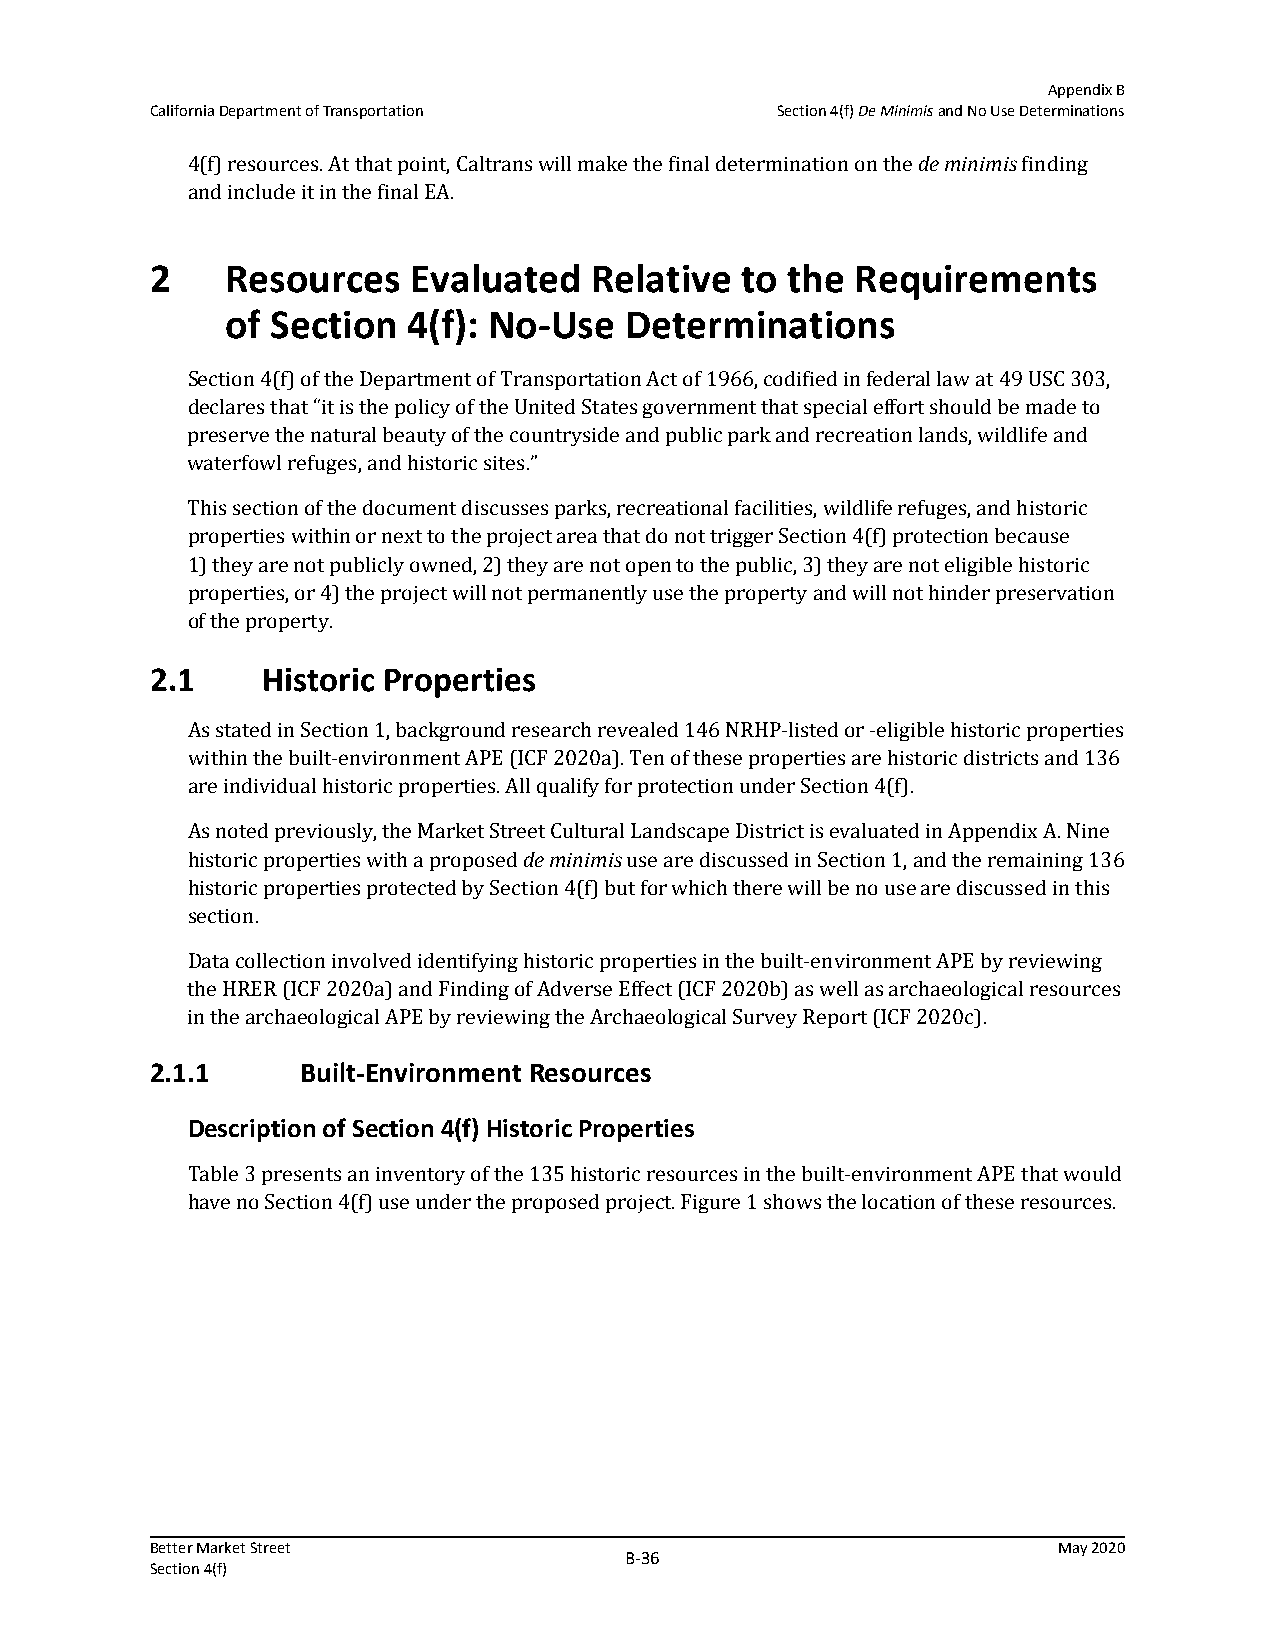
Appendix B
 California Department of Transportation  Section 4(f) De Minimis and No Use Determinations
 4(f) resources. At that point, Caltrans will make the final determination on the de minimis finding
 and include it in the final EA.
 2    Resources   Evaluated   Relative  to the  Requirements
 of Section  4(f): No‐Use  Determinations
 Section 4(f) of the Department of Transportation Act of 1966, codified in federal law at 49 USC 303,
 declares that “it is the policy of the United States government that special effort should be made to
 preserve the natural beauty of the countryside and public park and recreation lands, wildlife and
 waterfowl refuges, and historic sites.”
 This section of the document discusses parks, recreational facilities, wildlife refuges, and historic
 properties within or next to the project area that do not trigger Section 4(f) protection because
 1)they are not publicly owned, 2) they are not open to the public, 3) they are not eligible historic
 properties, or 4) the project will not permanently use the property and will not hinder preservation
 of the property.
 2.1    Historic Properties
 As stated in Section 1, background research revealed 146 NRHP-listed or -eligible historic properties
 within the built-environment APE (ICF 2020a). Ten of these properties are historic districts and 136
 are individual historic properties. All qualify for protection under Section 4(f).
 As noted previously, the Market Street Cultural Landscape District is evaluated in Appendix A. Nine
 historic properties with a proposed de minimis use are discussed in Section 1, and the remaining 136
 historic properties protected by Section 4(f) but for which there will be no use are discussed in this
 section.
 Data collection involved identifying historic properties in the built-environment APE by reviewing
 the HRER (ICF 2020a) and Finding of Adverse Effect (ICF 2020b) as well as archaeological resources
 in the archaeological APE by reviewing the Archaeological Survey Report (ICF 2020c).
 2.1.1     Built‐Environment Resources
 Description of Section 4(f) Historic Properties
 Table 3 presents an inventory of the 135 historic resources in the built-environment APE that would
 have no Section 4(f) use under the proposed project. Figure 1 shows the location of these resources.
 Better Market Street                                        May 2020
 B‐36
 Section 4(f)